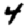
Digit: 4